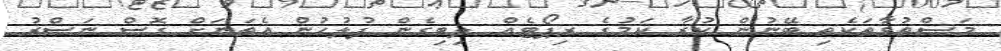
މަސްތުވާތަކެތި ބޭނުން ކުރާ ކަމުގެ ރިޕޯޓެއް ލިބިގެން ފުލުހުން އެތަނަށް ގޮސް ނަސްރު